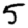
Digit: 5